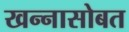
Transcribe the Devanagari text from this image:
खन्नासोबत